Report of the Municipal Commissioner on the plague in Bombay for the year ending 31st May... - Volume 1
Disease focus: Plague
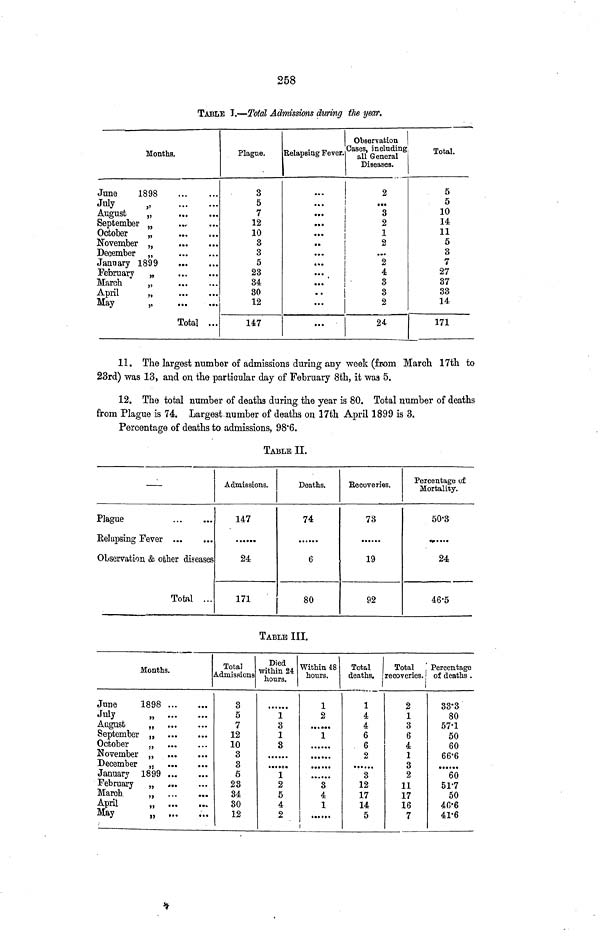
258
TABLE I.—Total Admissions during the year.
Months.
June
1898
July
August
„
September „
October
„
November „
December „
January 1899
February „
March
„
April
„
May
„
Total
Plague.
..
..
..
,,
,.
..
• •
..
..
.,
*«
...
3
5
7
12
10
3
3
5
23
34
30
12
147
Relapsing Fever.
.
•
•
.
•
...
Observation
Cases, including
all General
Diseases.
2
...
3
2
1
2
•••
2
4
3
3
2
24
Total.
5
5
10
14
11
5
3
7
27
37
33
14
171
11. The largest number of admissions during any week (from March 17th to
23rd) was 13, and on the particular day of February 8th, it waa 5.
12. The total number of deaths during the year is 80. Total number of deaths
from Plague is 74. Largest number of deaths on 17th April 1899 is 3.
Percentage of deaths to admissions, 98*6.
TABLE II.
—
Plague
Belapsing Fever
Observation & other diseases
Total ...
Admissions.
147
24
171
Deaths.
74
6
80
Recoveries.
73
19
92
Percentage of
Mortality.
50-3
24
46-5
TABLE III.
Months.
June
1898
July
„
August
„
September „
October
„
November „
December ,.
January 1899
February „
March
„
April
„
May
„
Total
Admissions
3
5
7
12
10
3
3
5
23
34
30
12
Died
within 24
hours.
1*
3
1
3
1
2
5
4
2
Within 48
hours.
1
2
• • ...
1
......
••«•••
3
4
1
i
Total
deaths.
1
1
4
4
6
6
2
3
12
17
14
5
Total ,
recoveries, j
i
2
1
3
6
4
1
3
2
11
17
16
7
Percentage
of deaths .
33'3
80
57'1
50
60
66'6
51-7
50
40-6
41-6